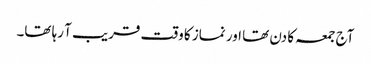
آج جمعہ کا دن تھا اور نماز کا وقت قریب آ رہا تھا۔